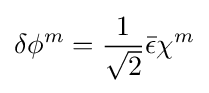
\delta \phi ^{m}={\frac {1}{\sqrt {2}}}{\bar {\epsilon }}\chi ^{m}